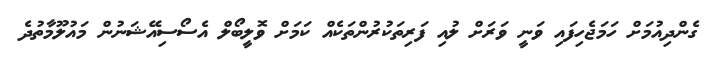
ގެންދިއުމަށް ހަމަޖެހިފައި ވަނީ ވަރަށް ލުއި ފަރިތަކުރުންތަކެއް ކަމަށް ވޮލީބޯލް އެސޯސިއޭޝަނުން މައުލޫމާތުދެ